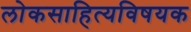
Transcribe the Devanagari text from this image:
लोकसाहित्यविषयक